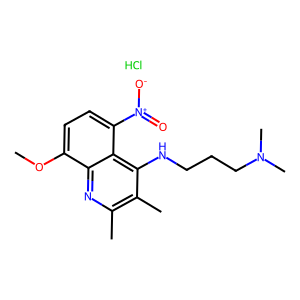
SMILES: COc1ccc([N+](=O)[O-])c2c(NCCCN(C)C)c(C)c(C)nc12.Cl
Inhibits HIV replication: No